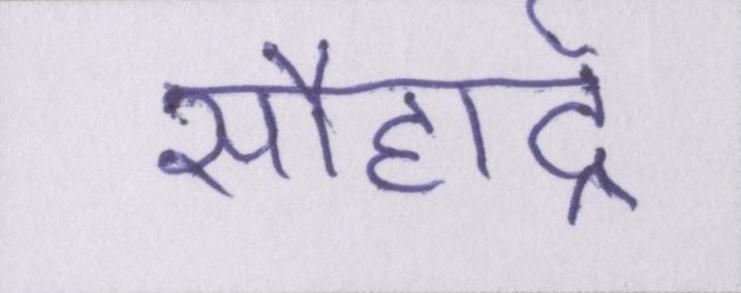
सौहार्द्र